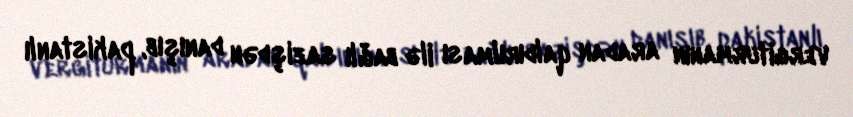
vergiturmanın aradan qaldırılması ilə bağlı sazişdən danışıb, pakistanlı